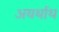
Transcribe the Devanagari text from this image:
अयर्थाथ